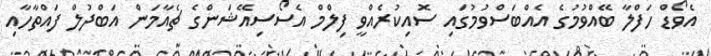
އެވޯޑް ހަފްލާ ބޭއްވުމުގެ އެއްބަސްވުމުގައި ސޮއިކުރެއްވީ ފިލްމް އެސޯސިއޭޝަންގެ ޗެއާމަން އަބްދުލް ފައްތާހާއި